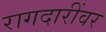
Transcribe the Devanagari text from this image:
रागदारींवर